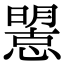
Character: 𢢤